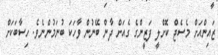
ޒައިންއަށް މެސެޖް ކޮށްލީ ފަޒީންގެ ގެއަށް ދާން ބޭނުން ވާހަކަ ބުނަމުންނެވެ. ހިސާބަކަށް